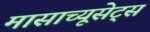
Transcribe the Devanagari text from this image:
मासाच्यूसेट्स